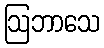
ဩဘာသေ